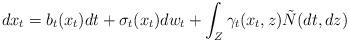
LaTeX: \begin{align*} dx_t=b_t(x_t)dt+\sigma_t(x_t)dw_t+\int_{Z}\gamma_t(x_t,z) \tilde N(dt,dz)\end{align*}